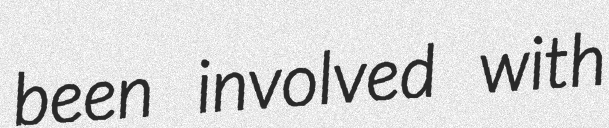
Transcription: been involved with